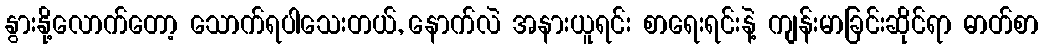
နွားနို့လောက်တော့ သောက်ရပါသေးတယ်, နောက်လဲ အနားယူရင်း စာရေးရင်းနဲ့ ကျန်းမာခြင်းဆိုင်ရာ ဓာတ်စာ